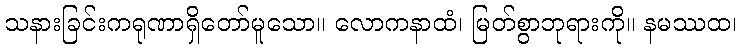
သနားခြင်းကရုဏာရှိတော်မူသော။ လောကနာထံ၊ မြတ်စွာဘုရားကို။ နမဿထ၊